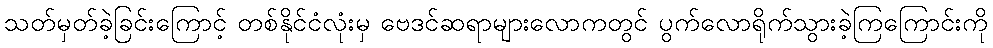
သတ်မှတ်ခဲ့ခြင်းကြောင့် တစ်နိုင်ငံလုံးမှ ဗေဒင်ဆရာများလောကတွင် ပွက်လောရိုက်သွားခဲ့ကြကြောင်းကို